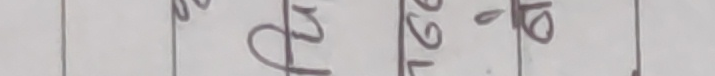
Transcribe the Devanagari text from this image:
२पु२टो